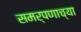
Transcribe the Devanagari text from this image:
समर्पणाच्या